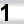
Digit: 1